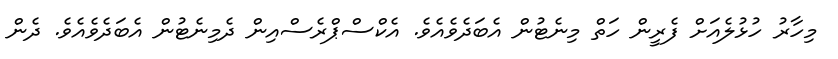
މިހާރު ހުޅުލެއަށް ފެރީން ހަތް މިނެޓުން އެބަދެވެއެވެ. އެކްސްޕްރެސްއިން ދެމިނެޓުން އެބަދެވެއެވެ. ދެން